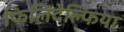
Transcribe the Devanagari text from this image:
फिलिदेल्फिया